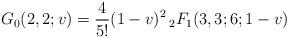
LaTeX: \begin{align*}G_0(2,2;v) = \frac{4}{5!} (1-v)^2 \, _2F_1(3,3;6;1-v)\end{align*}